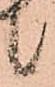
候